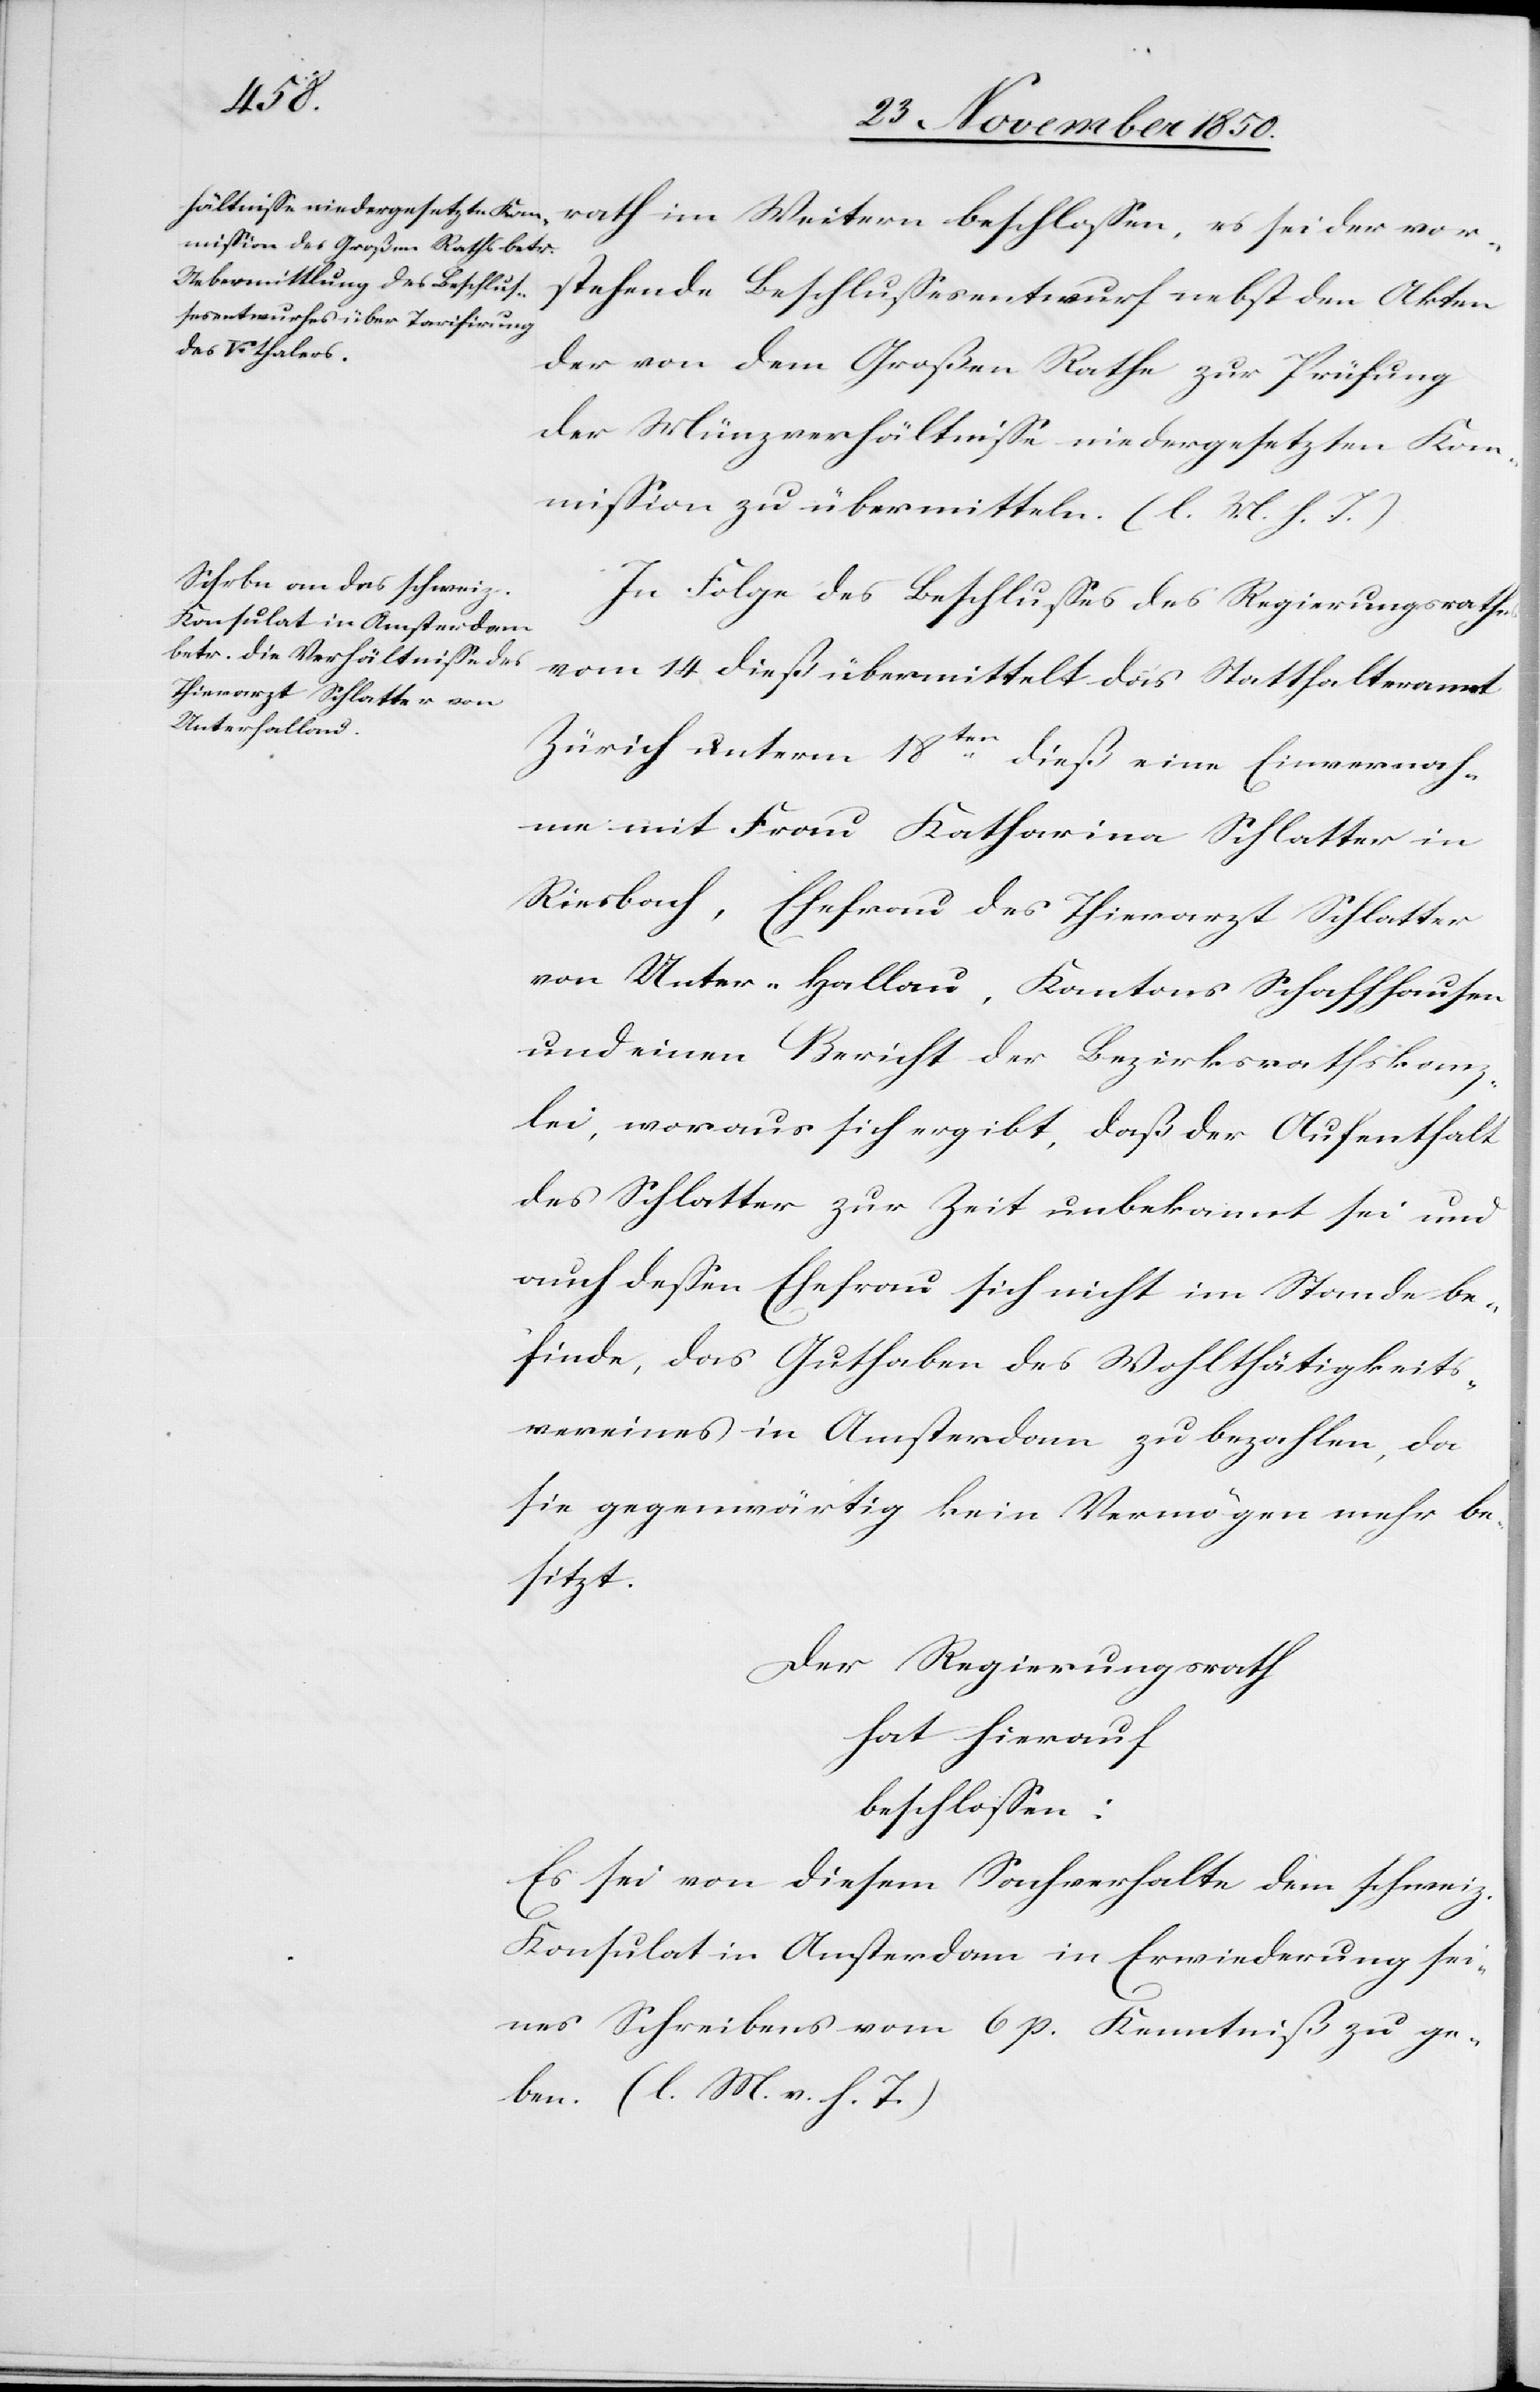
rath im Weitern beschlossen, es sei der vor¬
stehende Beschlussesentwurf nebst den Akten
der von dem Großen Rathe zur Prüfung
der Münzverhältnisse niedergesetzten Kom¬
mission zu übermitteln. (l. M. h. T.)
In Folge des Beschlusses des Regierungsrathes
vom 14 dieß übermittelt das Statthalteramt
Zürich unterm 18ten dieß eine Einvernah¬
me mit Frau Katharina Schlatter in
Riesbach, Ehefrau des Thierarzt Schlatter
von Unter-Hallau, Kantons Schaffhausen
und einen Bericht der Bezirksrathskanz¬
lei, woraus sich ergibt, daß der Aufenthalt
des Schlatter zur Zeit unbekannt sei und
auch dessen Ehefrau sich nicht im Stande be¬
finde, das Guthaben des Wohlthätigkeits¬
vereines in Amsterdam zu bezahlen, da
sie gegenwärtig kein Vermögen mehr be¬
sitzt.
Der Regierungsrath
hat hierauf
beschlossen:
Es sei von diesem Sachverhalte dem schweiz.
Konsulat in Amsterdam in Erwiederung sei¬
nes Schreibens vom 6 p. Kenntniß zu ge¬
ben. (l. M. v. h. T.)